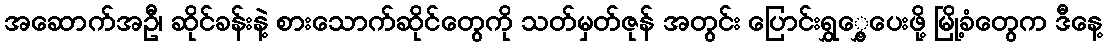
အဆောက်အဦ၊ ဆိုင်ခန်းနဲ့ စားသောက်ဆိုင်တွေကို သတ်မှတ်ဇုန် အတွင်း ပြောင်းရွှွှေ့ပေးဖို့ မြို့ခံတွေက ဒီနေ့